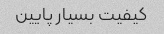
کیفیت بسیار پایین